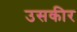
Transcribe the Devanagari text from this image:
उसकीर